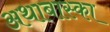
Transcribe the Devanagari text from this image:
अथाबास्का